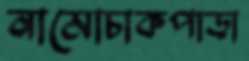
নামোচাকপাড়া